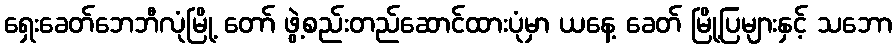
ရှေးခေတ်ဘေဘီလုံမြို့ တော် ဖွဲ့စည်းတည်ဆောင်ထားပုံမှာ ယနေ့ ခေတ် မြို့ပြများနှင့် သဘော